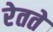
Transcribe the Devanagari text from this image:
रेतते